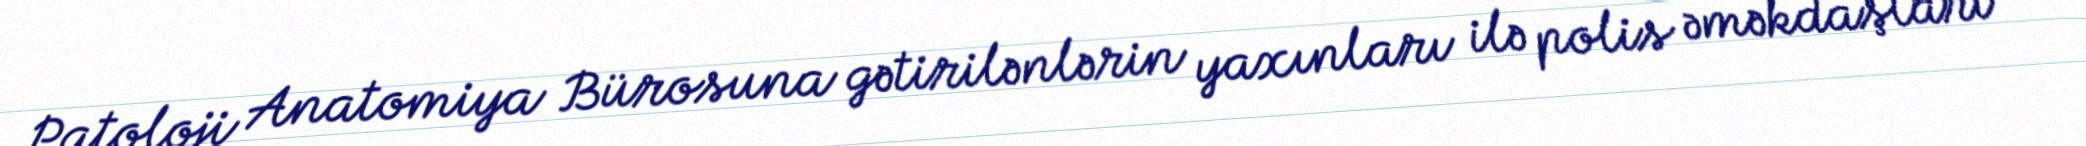
Patoloji Anatomiya Bürosuna gətirilənlərin yaxınları ilə polis əməkdaşları